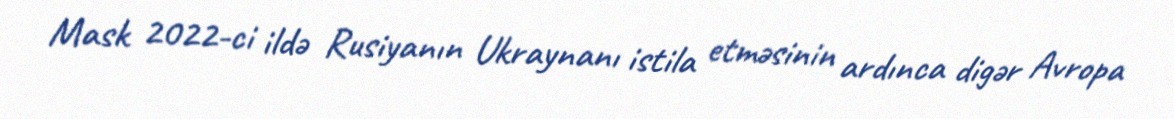
Mask 2022-ci ildə Rusiyanın Ukraynanı istila etməsinin ardınca digər Avropa